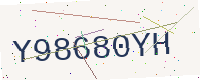
Text: Y98680YH